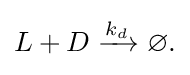
{\begin{aligned}L+D\xrightarrow {k_{d}} \varnothing .\\\end{aligned}}